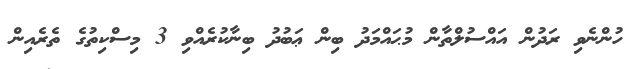
ހުންނެވި ރަދުން އައްސުލްތާން މުޙައްމަދު ބިން ޢަބުދު ބިނާކުރެއްވި 3 މިސްކިތުގެ ތެރެއިން